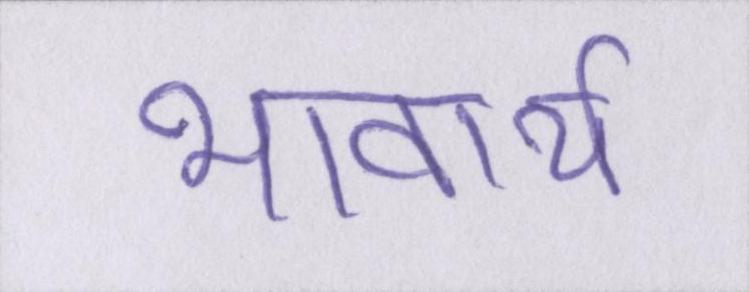
भावार्थ